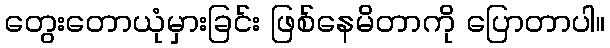
တွေးတောယုံမှားခြင်း ဖြစ်နေမိတာကို ပြောတာပါ။